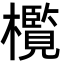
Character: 㰖